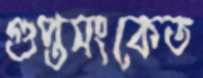
গুপ্তসংকেত